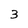
Character: 3